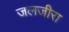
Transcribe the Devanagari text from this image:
जलजीरा